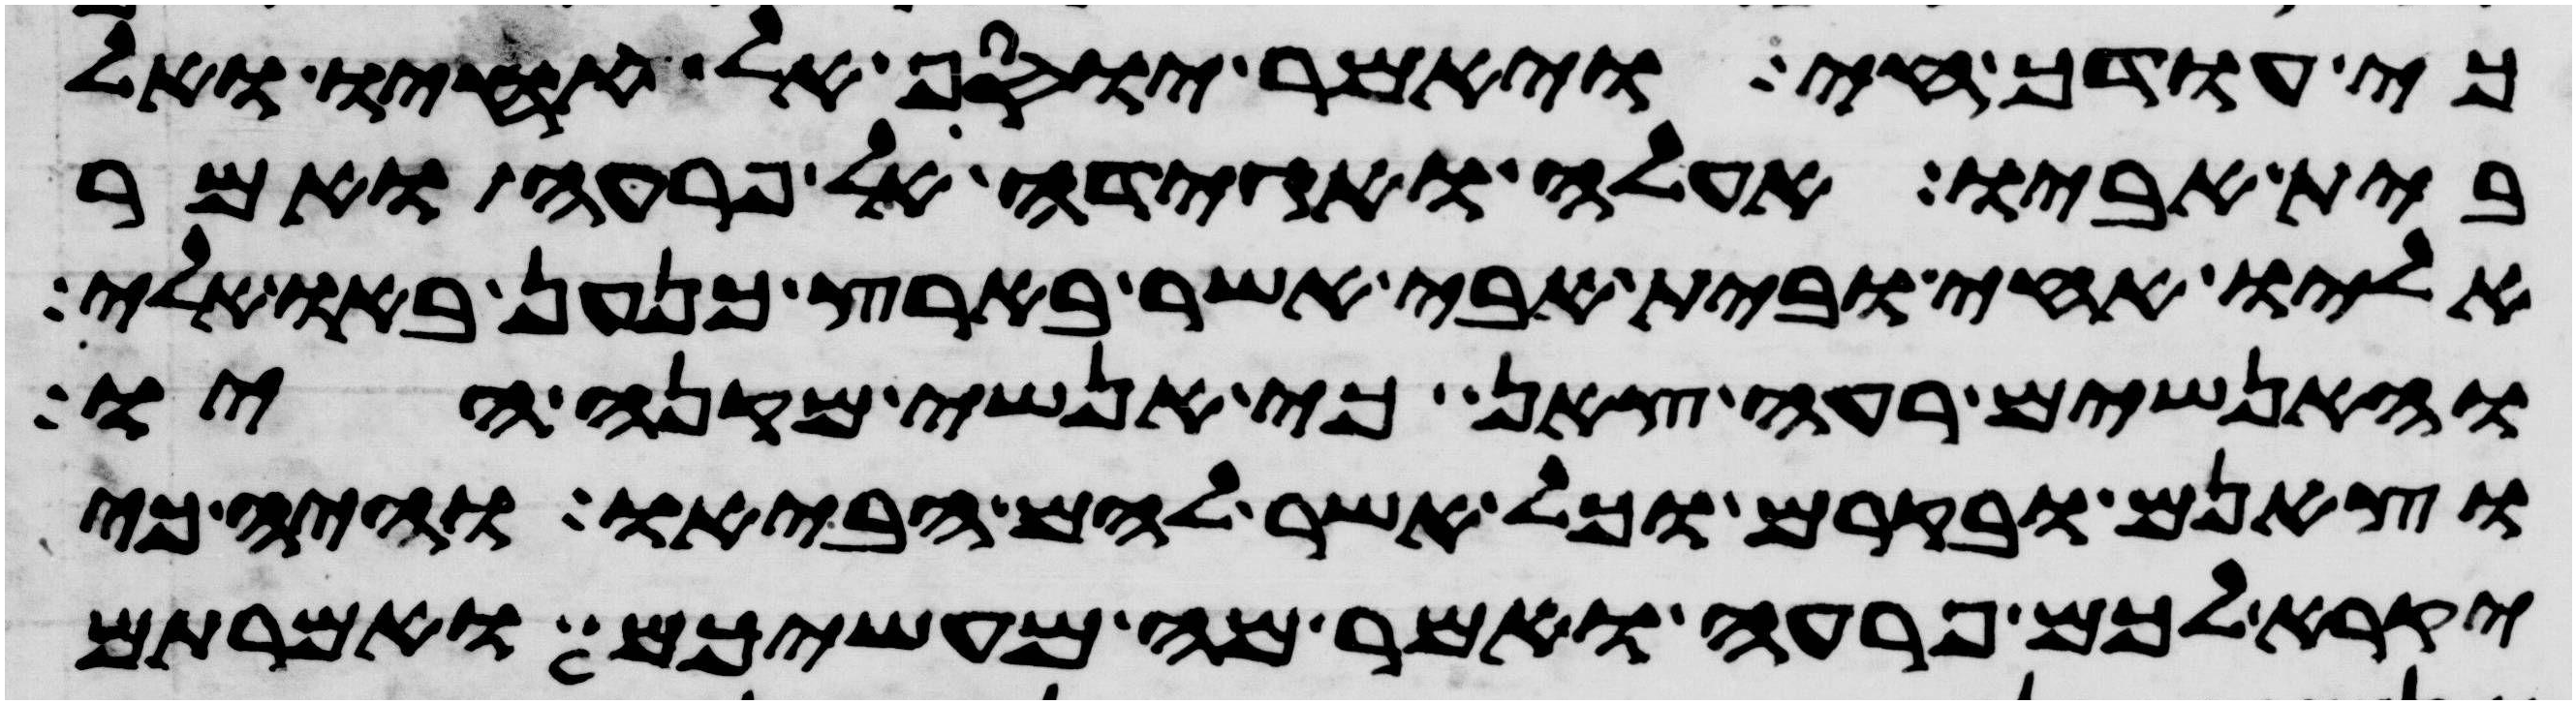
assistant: כי עודך חי ויאמר יוסף אל אחיו ואל
בית אביו אעלה ואגידה לפרעה ואמר
אליו אחי ובית אבי אשר בארץ כנען באו אלי
והאנשים רעי צאן כי אנשי מקנה היו
וצאנם ובקרם וכל אשר להם הביאו והיה כי
יקרא לכם פרעה ואמר מה מעשיכם ואמרתם